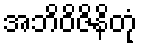
အဘိဝိဇိနိတုံ